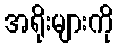
အရိုးများကို